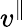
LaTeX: v^{\| }